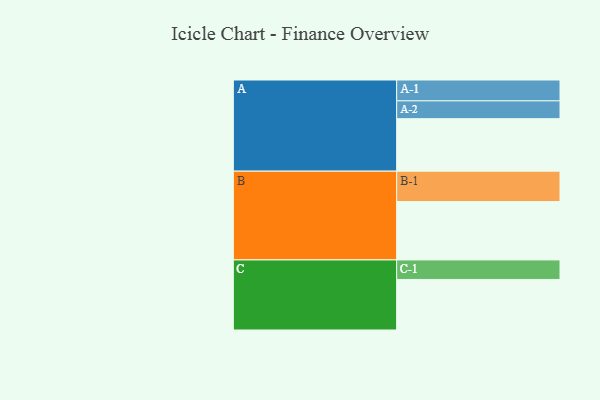
{"axis": {"x": "Segment", "y": "Value"}, "legend": ["", "A", "B", "C"], "data": [{"x": "A", "y": 433, "type": ""}, {"x": "B", "y": 481, "type": ""}, {"x": "C", "y": 417, "type": ""}, {"x": "A-1", "y": 172, "type": "A"}, {"x": "A-2", "y": 147, "type": "A"}, {"x": "B-1", "y": 251, "type": "B"}, {"x": "C-1", "y": 161, "type": "C"}]}